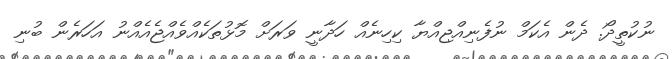
ނުކުތީދޯ. ދެން އެކަމް ނުފެނިއްޖިއްޔާ ކިހިނެއް ހަދާނީ ވަރަށް މޮޅުތަކެއްވެއްޖެއެއްނު އަހަރެން ބުނި